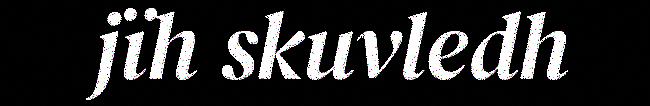
jïh skuvledh